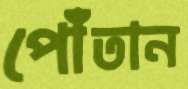
পোঁতান